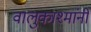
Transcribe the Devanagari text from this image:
वालुकाश्मांनी